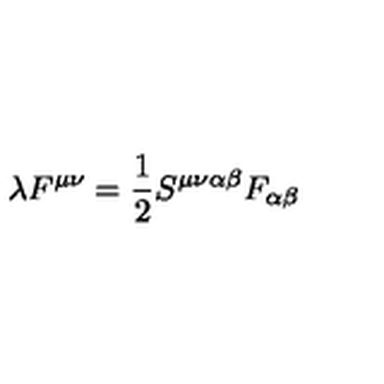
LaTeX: \lambda F ^ { \mu \nu } = \frac { 1 } { 2 } S ^ { \mu \nu \alpha \beta } F _ { \alpha \beta }